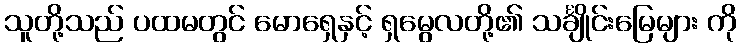
သူတို့သည် ပထမတွင် မောရှေနှင့် ရှမွေလတို့၏ သင်္ချိုင်းမြေများ ကို